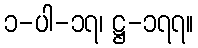
၁-ပါ-၁၇၊ ဋ္ဌ-၁၇၇။